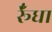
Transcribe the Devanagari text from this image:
र्रूँधा